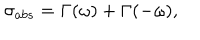
LaTeX: \sigma _ { a b s } = \Gamma ( \omega ) + \Gamma ( - \omega ) ,